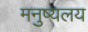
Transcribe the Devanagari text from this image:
मनुष्यलय